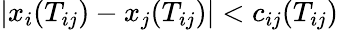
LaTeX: |x_{i}(T_{ij})-x_{j}(T_{ij})|<c_{ij}(T_{ij})